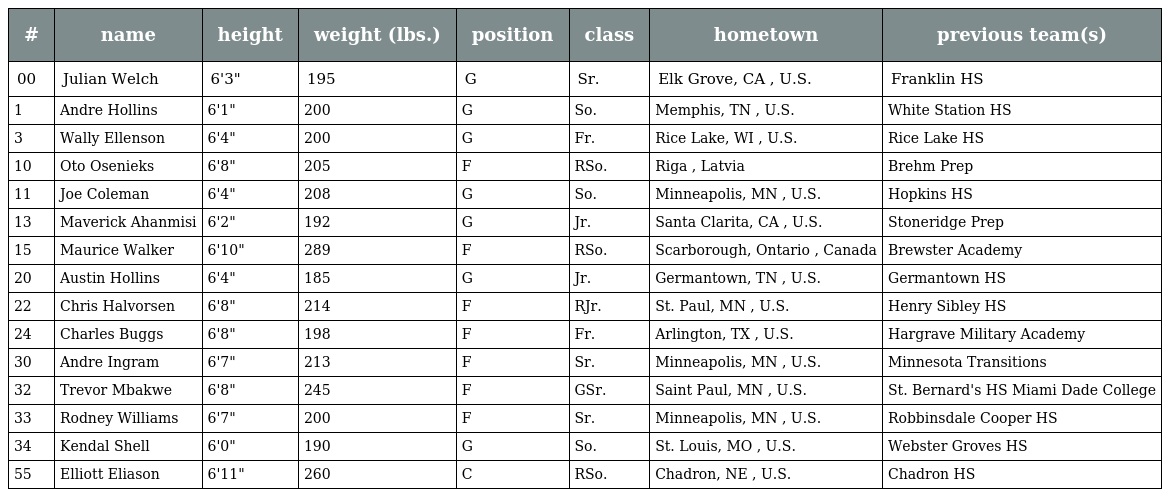
| # | name | height | weight (lbs.) | position | class | hometown | previous team(s) |
 | --- | --- | --- | --- | --- | --- | --- | --- |
 | 00 | Julian Welch | 6'3" | 195 | G | Sr. | Elk Grove, CA , U.S. | Franklin HS |
 | 1 | Andre Hollins | 6'1" | 200 | G | So. | Memphis, TN , U.S. | White Station HS |
 | 3 | Wally Ellenson | 6'4" | 200 | G | Fr. | Rice Lake, WI , U.S. | Rice Lake HS |
 | 10 | Oto Osenieks | 6'8" | 205 | F | RSo. | Riga , Latvia | Brehm Prep |
 | 11 | Joe Coleman | 6'4" | 208 | G | So. | Minneapolis, MN , U.S. | Hopkins HS |
 | 13 | Maverick Ahanmisi | 6'2" | 192 | G | Jr. | Santa Clarita, CA , U.S. | Stoneridge Prep |
 | 15 | Maurice Walker | 6'10" | 289 | F | RSo. | Scarborough, Ontario , Canada | Brewster Academy |
 | 20 | Austin Hollins | 6'4" | 185 | G | Jr. | Germantown, TN , U.S. | Germantown HS |
 | 22 | Chris Halvorsen | 6'8" | 214 | F | RJr. | St. Paul, MN , U.S. | Henry Sibley HS |
 | 24 | Charles Buggs | 6'8" | 198 | F | Fr. | Arlington, TX , U.S. | Hargrave Military Academy |
 | 30 | Andre Ingram | 6'7" | 213 | F | Sr. | Minneapolis, MN , U.S. | Minnesota Transitions |
 | 32 | Trevor Mbakwe | 6'8" | 245 | F | GSr. | Saint Paul, MN , U.S. | St. Bernard's HS Miami Dade College |
 | 33 | Rodney Williams | 6'7" | 200 | F | Sr. | Minneapolis, MN , U.S. | Robbinsdale Cooper HS |
 | 34 | Kendal Shell | 6'0" | 190 | G | So. | St. Louis, MO , U.S. | Webster Groves HS |
 | 55 | Elliott Eliason | 6'11" | 260 | C | RSo. | Chadron, NE , U.S. | Chadron HS |